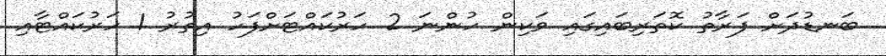
ބަނޑުދަށް ފަރާތު ކޮތަރިބައިގައި ވަކިން ހުންނަ 2 ހަރުކައްޓަށްފަހު އިތުރު 1 ހަރުކައްޓާއި